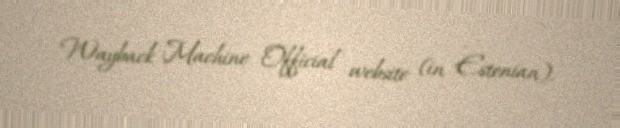
Wayback Machine Official website (in Estonian).